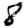
Digit: 8